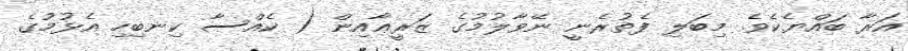
އަރާ ބައްޔެކެވެ. މިބަލި ފެތުރެނީ ނޭވާލުމުގެ ޒަރީޢާއިން ( ކެއްސާ ކިނބިހި އެޅުމުގެ